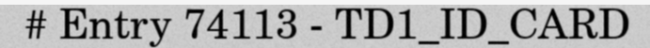
# Entry 74113 - TD1_ID_CARD